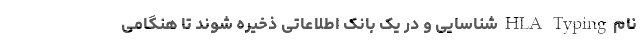
نام HLA Typing شناسایی و در یک بانک اطلاعاتی ذخیره شوند تا هنگامی